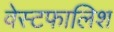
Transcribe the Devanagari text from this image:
वेस्टफालिश